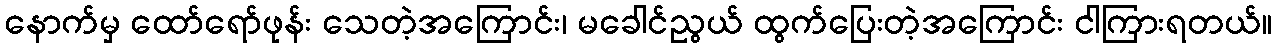
နောက်မှ ထော်ရော်ဖုန်း သေတဲ့အကြောင်း၊ မခေါင်ညွယ် ထွက်ပြေးတဲ့အကြောင်း ငါကြားရတယ်။